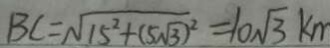
B C = \sqrt { 1 5 ^ { 2 } + ( 5 \sqrt { 3 } ) ^ { 2 } } = 1 0 \sqrt { 3 } k m